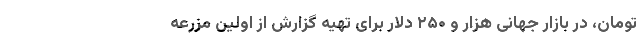
تومان، در بازار جهانی هزار و ۲۵۰ دلار برای تهیه گزارش از اولین مزرعه